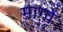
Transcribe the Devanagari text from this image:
माग़ो